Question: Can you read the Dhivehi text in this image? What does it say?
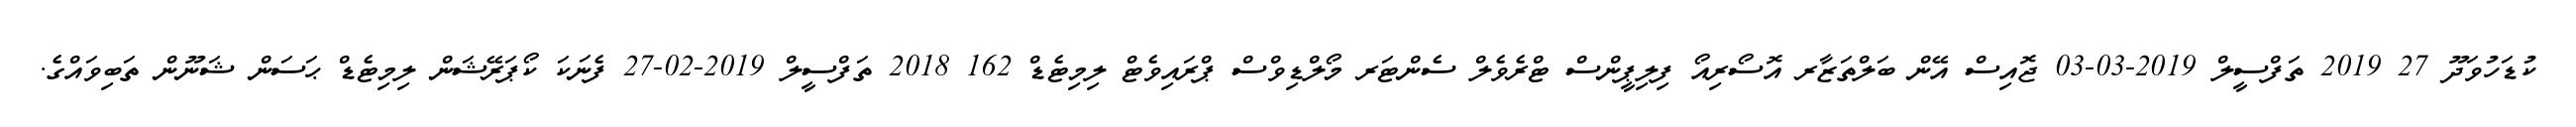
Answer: ކުޑަހުވަދޫ 27 2019 ތަފްސީލް 2019-03-03 ޖޮއިސް އޭން ބަލްތަޒާރ އޮސޯރިއޯ ފިލިޕީންސް ޓްރެވެލް ސެންޓަރ މޯލްޑިވްސް ޕްރައިވެޓް ލިމިޓެޑް 162 2018 ތަފްސީލް 2019-02-27 ފެނަކަ ކޯޕަރޭޝަން ލިމިޓެޑް ޙަސަން ޝަނޫން ތަބިވައްގެ.